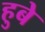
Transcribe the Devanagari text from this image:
हुबे